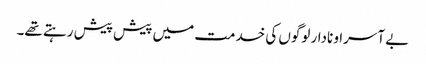
بے آسرا و نادار لوگوں کی خدمت میں پیش پیش رہتے تھے۔